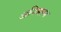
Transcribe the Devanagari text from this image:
अनिमल्स